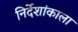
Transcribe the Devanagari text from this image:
निर्देशांकाला